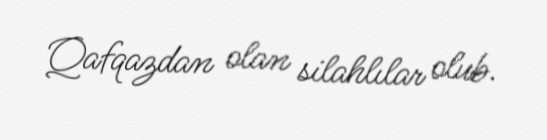
Qafqazdan olan silahlılar olub.